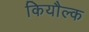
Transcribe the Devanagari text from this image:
कियौल्क